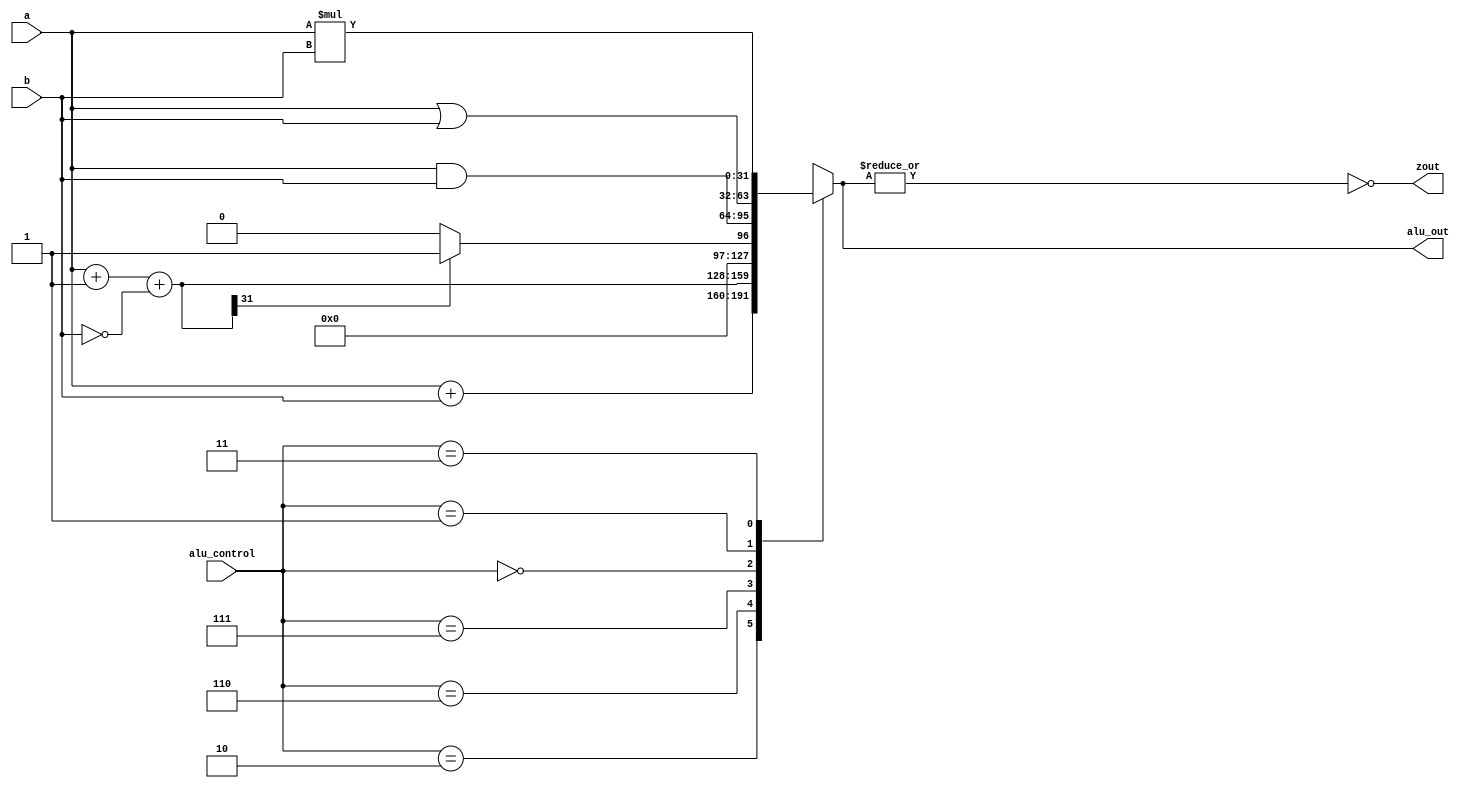
module alu32(alu_out, a, b, zout, alu_control);
output reg [31:0] alu_out;
input [31:0] a,b;
input [2:0] alu_control;

reg [31:0] less;
output zout;
reg zout;

always @(a or b or alu_control)
begin
	/*
	there are 5 type of instructions which are 
	2) sum = a + b
	6) sum = a - b
	7) 
	*/
	case(alu_control)
	3'b010: alu_out = a+b; 
	3'b110: alu_out = a+1+(~b);
	3'b111: begin less = a+1+(~b);
			if (less[31]) alu_out=1;
			else alu_out=0;
		end

	/*
	0) a AND b
	1) a OR b
	*/
	3'b000: alu_out = a & b;
	3'b001: alu_out = a|b;
	3'b011: alu_out = a * b;
	default: alu_out=31'bx;
	endcase
zout=~(|alu_out);
end
endmodule